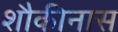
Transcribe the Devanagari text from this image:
शौकीनास